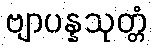
ဗျာပန္နသုတ္တံ